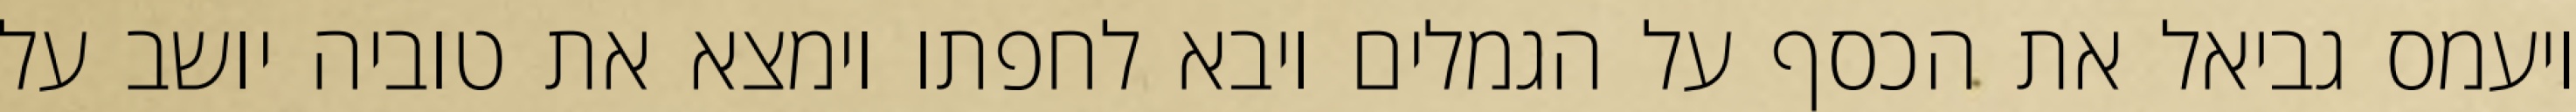
ויעמס גביאל את הכסף על הגמלים ויבא לחפתו וימצא את טוביה יושב על